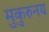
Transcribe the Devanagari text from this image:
मुकुरुनय